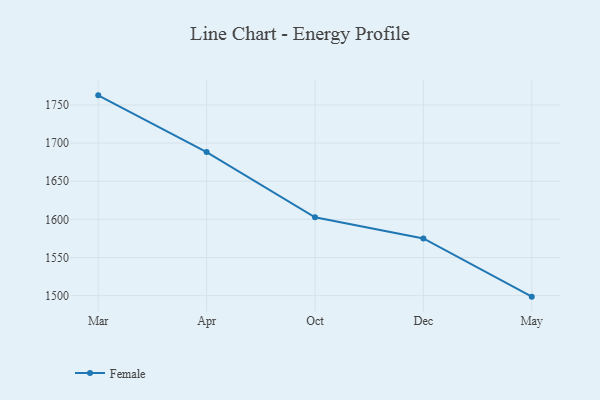
{"axis": {"x": "Month", "y": "LTV (USD)"}, "legend": ["Female"], "data": [{"x": "Mar", "y": 1762.6, "type": "Female"}, {"x": "Apr", "y": 1688.3, "type": "Female"}, {"x": "Oct", "y": 1602.7, "type": "Female"}, {"x": "Dec", "y": 1575.0, "type": "Female"}, {"x": "May", "y": 1498.7, "type": "Female"}]}